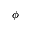
\phi